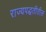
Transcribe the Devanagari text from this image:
राज्यपद्धतीतील